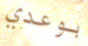
بوعدي